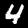
Label: 4